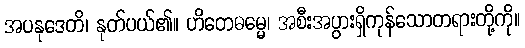
အပနုဒေတိ၊ နုတ်ပယ်၏။ ဟိတေဓမ္မေ၊ အစီးအပွားရှိကုန်သောတရားတို့ကို။